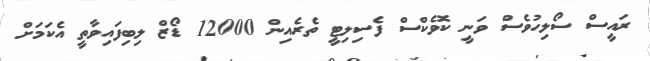
ރައީސް ސޯލިހުވެސް ވަނީ ކޮވެކްސް ފެސިލިޓީ ތެރެއިން 12000 ޑޯޒް ލިބިފައިވާތީ އެކަމަށް